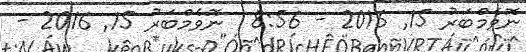
ނޮވެމްބަރު 15